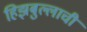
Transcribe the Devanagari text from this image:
हिझबुल्लाची